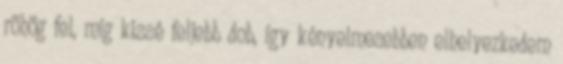
röhög fel, míg kissé feljebb dob, így kényelmesebben elhelyezkedem